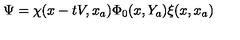
\Psi = \chi ( x - t V , x _ { a } ) \Phi _ { 0 } ( x , Y _ { a } ) \xi ( x , x _ { a } )